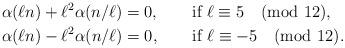
LaTeX: \begin{align*}&\alpha(\ell n)+\ell^2 \alpha(n/\ell)=0,\qquad\mbox{if $\ell\equiv5\pmod{12}$},\\&\alpha(\ell n)-\ell^2 \alpha(n/\ell)=0,\qquad\mbox{if $\ell\equiv-5\pmod{12}$}. \end{align*}